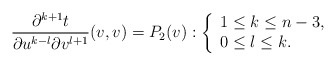
\begin{align*} \frac{\partial^{k+1}t}{\partial u^{k-l}\partial v^{l+1}}(v,v)=P_2(v):\left\{ \begin{array}{ll} 1\leq k\leq n-3,\\ 0\leq l\leq k. \end{array}\right.\end{align*}